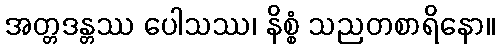
အတ္တဒန္တဿ ပေါသဿ၊ နိစ္စံ သညတစာရိနော။